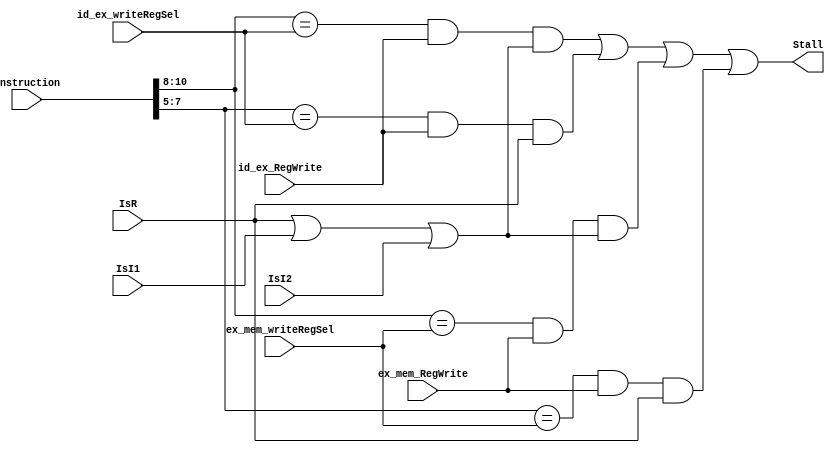
`default_nettype none
// check PC_incr
module detect_hazard (instruction,
                    id_ex_writeRegSel, id_ex_RegWrite,
                    ex_mem_writeRegSel, ex_mem_RegWrite,
                    IsR, IsI1, IsI2,
                    Stall);

    parameter OPERAND_WIDTH = 16;
    input wire [OPERAND_WIDTH-1:0] instruction;
    input wire [2:0] id_ex_writeRegSel, ex_mem_writeRegSel;
    input wire id_ex_RegWrite, ex_mem_RegWrite, IsR, IsI1, IsI2;
    output wire Stall;

    assign Stall = (((instruction[10:8] == id_ex_writeRegSel) & id_ex_RegWrite & (IsR | IsI1 | IsI2)) | ((instruction[7:5] == id_ex_writeRegSel) & id_ex_RegWrite & IsR) |
    ((instruction[10:8] == ex_mem_writeRegSel) & ex_mem_RegWrite & (IsR | IsI1 | IsI2)) | ((instruction[7:5] == ex_mem_writeRegSel) & ex_mem_RegWrite & IsR));

endmodule
`default_nettype wire